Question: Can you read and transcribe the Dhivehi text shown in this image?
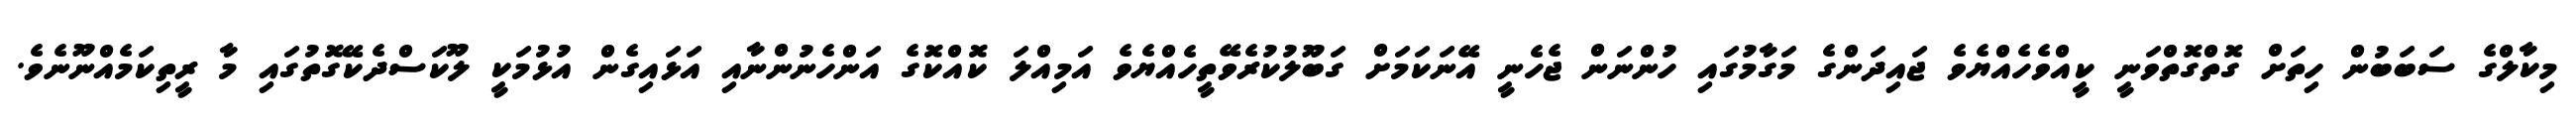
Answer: މިކާލްގެ ސަބަބުން ހިތަށް ގޮތްގޮތްވަނީ ކީއްވެހެއްޔެވެ ޖައިދަންގެ މަގާމުގައި ހުންނަން ޖެހެނީ އޭނަކަމަށް ގަބޫލުކުރެވޭތީހެއްޔެވެ އަމިއްލަ ކޮއްކޮގެ އަންހެނުންނާއި އަޅައިގެން އުޅުމަކީ ލޫކަސްދެކޭގޮތުގައި މާ ރީތިކަމެއްނޫނެވެ.